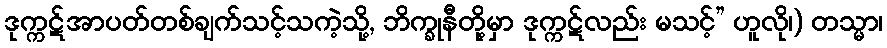
ဒုက္ကဋ်အာပတ်တစ်ချက်သင့်သကဲ့သို့, ဘိက္ခုနီတို့မှာ ဒုက္ကဋ်လည်း မသင့်” ဟူလို၊) တသ္မာ၊